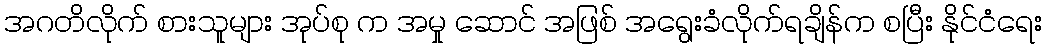
အဂတိလိုက် စားသူများ အုပ်စု က အမှု ဆောင် အဖြစ် အရွေးခံလိုက်ရချိန်က စပြီး နိုင်ငံရေး